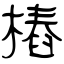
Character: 樁